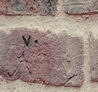
٧٠